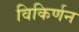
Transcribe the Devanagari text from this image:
विकिर्णन